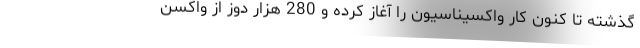
گذشته تا کنون کار واکسیناسیون را آغاز کرده و 280 هزار دوز از واکسن